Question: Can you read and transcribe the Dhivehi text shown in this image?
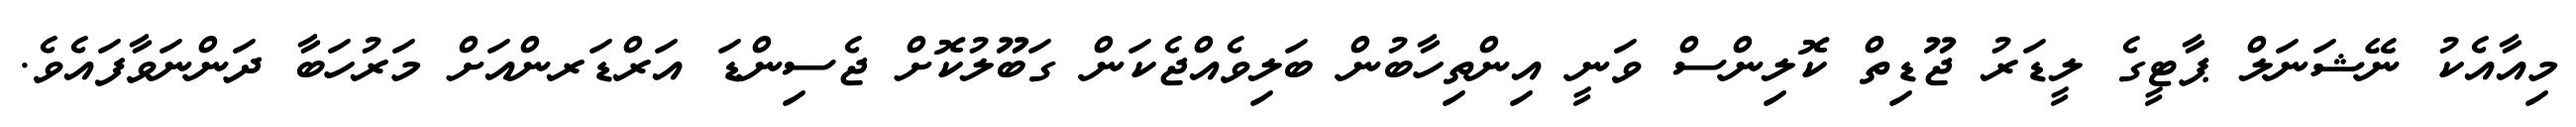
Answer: މިއާއެކު ނޭޝަނަލް ޕާޓީގެ ލީޑަރު ޖޫޑިތް ކޮލިންސް ވަނީ އިންތިހާބުން ބަލިވެއްޖެކަން ގަބޫލުކޮށް ޖެސިންޑަ އަރްޑަރންއަށް މަރުހަބާ ދަންނަވާފައެވެ.